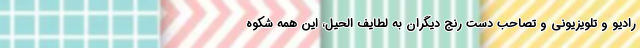
رادیو و تلویزیونی و تصاحب دست رنج دیگران به لطایف الحیل، این همه شِکوه